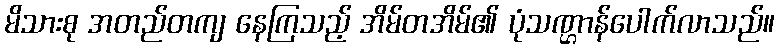
မိသားစု အတည်တကျ နေကြသည့် အိမ်တအိမ်၏ ပုံသဏ္ဌာန်ပေါက်လာသည်။